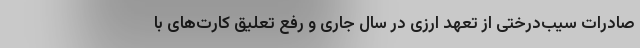
صادرات سیب‌درختی از تعهد ارزی در سال جاری و رفع تعلیق کارت‌های با